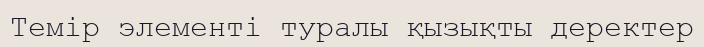
Темір элементі туралы қызықты деректер